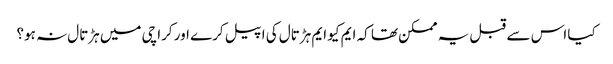
کیا اس سے قبل یہ ممکن تھا کہ ایم کیو ایم ہڑتال کی اپیل کرے اور کراچی میں ہڑتال نہ ہو؟